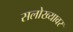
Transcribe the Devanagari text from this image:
सलोख्यावर